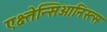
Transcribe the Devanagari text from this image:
एक्ष्तेन्सिओनिस्त्स